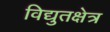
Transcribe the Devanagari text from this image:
विद्युतक्षेत्र